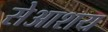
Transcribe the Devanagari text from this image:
सेआशय